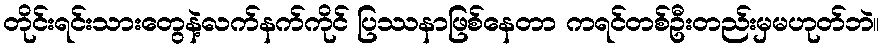
တိုင်းရင်းသားတွေနဲ့လက်နက်ကိုင် ပြဿနာဖြစ်နေတာ ကရင်တစ်ဦးတည်းမှမဟုတ်ဘဲ။